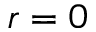
r = 0